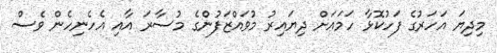
މިދިޔަ އަހަރުގެ ފަހުކޮޅާ ހަމައަށް ދިޔައިރު މުވައްޒަފުންގެ މުސާރަ އާއި އެހެނިހެން ވެސް